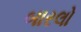
બારલો